Indian journal of veterinary science and animal husbandry - Volumes 15-17, 1948-1951
Year: 1948
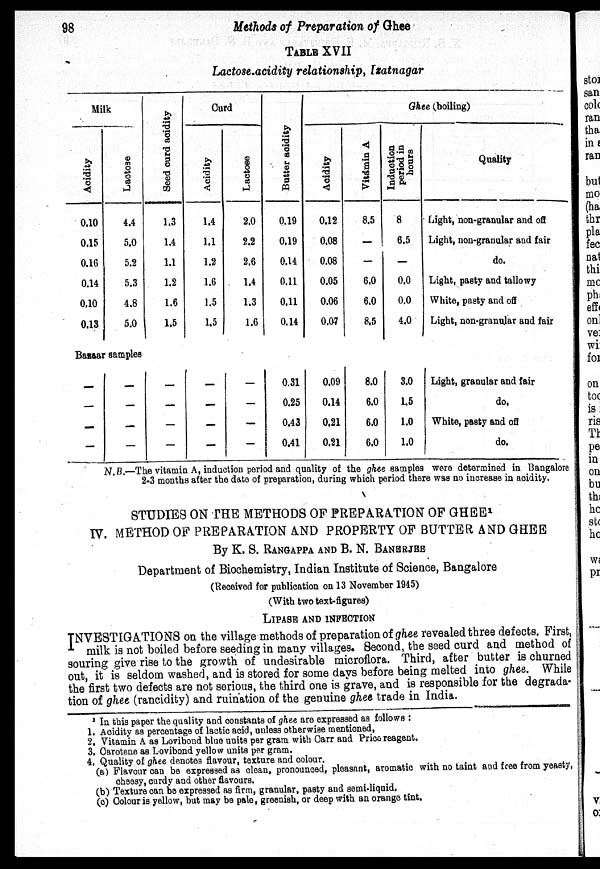
98
Methods of Preparation of Ghee
TABLE XVII
Lactose-acidity relationship, Izatnagar
Milk
Acidity
0.10
0.15
0.16
0.14
0.10
0.13
Lactose
4.4
5.0
5.2
5.3
4.8
5.0
Seed curd acidity
1.3
1.4
1.1
1.2
1.6
1.5
Curd
Acidity
1.4
1.1
1.2
1.6
1.5
1.5
Lactose
2.0
2.2
2.6
1.4
1.3
1.6
Butter acidity
0.19
0.19
0.14
0.11
0.11
0.14
Ghee (boiling)
Acidity
0.12
0.08
0.08
0.05
0.06
0.07
Vitamin A
8.5
—
—
6.0
6.0
8.5
Induction
period in
hours
8
6.5
—
0.0
0.0
4.0
Quality
Light, non-granular and off
Light, non-granular and fair
do.
Light, pasty and tallowy
White, pasty and off
Light, non-granular and fair
Bazaar samples
—
—
—
—
—
—
—
—
—
—
—
—
—
—
—
—
—
—
—
—
0.31
0.25
0.43
0.41
0.09
0.14
0.21
0.21
8.0
6.0
6.0
6.0
3.0
1.5
1.0
1.0
Light, granular and fair
do.
White, pasty and off
do.
N.B.—The vitamin A, induction period and quality of the ghee samples were determined in Bangalore
2-3 months after the date of preparation, during which period there was no increase in acidity.
STUDIES ON THE METHODS OF PREPARATION OF GHEE 1
IV. METHOD OP PREPARATION AND PROPERTY OP BUTTER AND GHEE
By K. S. RANGAPPA AND B. N. BANERJEE
Department of Biochemistry, Indian Institute of Science, Bangalore
(Received for publication on 13 November 1945)
(With two text-figures)
LIPASE AND INFECTION
INVESTIGATIONS on the village methods of preparation of ghee revealed three defects. First,
milk is not boiled before seeding in many villages. Second, the seed curd and method of
souring give rise to the growth of undesirable microflora. Third, after butter is churned
out, it is seldom washed, and is stored for some days before being melted into ghee. While
the first two defects are not serious, the third one is grave, and is responsible for the degrada-
tion of ghee (rancidity) and ruination of the genuine ghee trade in India.
1 In this paper the quality and constants of ghee are expressed as follows :
1. Acidity as percentage of lactic acid, unless otherwise mentioned,
2. Vitamin A as Lovibond blue units per gram with Carr and Price reagent.
3. Carotene as Lovibond yellow units per gram.
4. Quality of ghee denotes flavour, texture and colour.
(a) Flavour can be expressed as clean, pronounced, pleasant, aromatic with no taint and free from yeasty,
cheesy, curdy and other flavours.
(b) Texture can be expressed as firm, granular, pasty and semi-liquid.
(c) Colour is yellow, but may be pale, greenish, or deep with an orange tint.